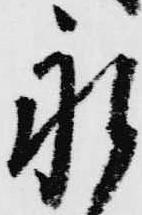
永